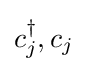
c_{j}^{\dagger },c_{j}